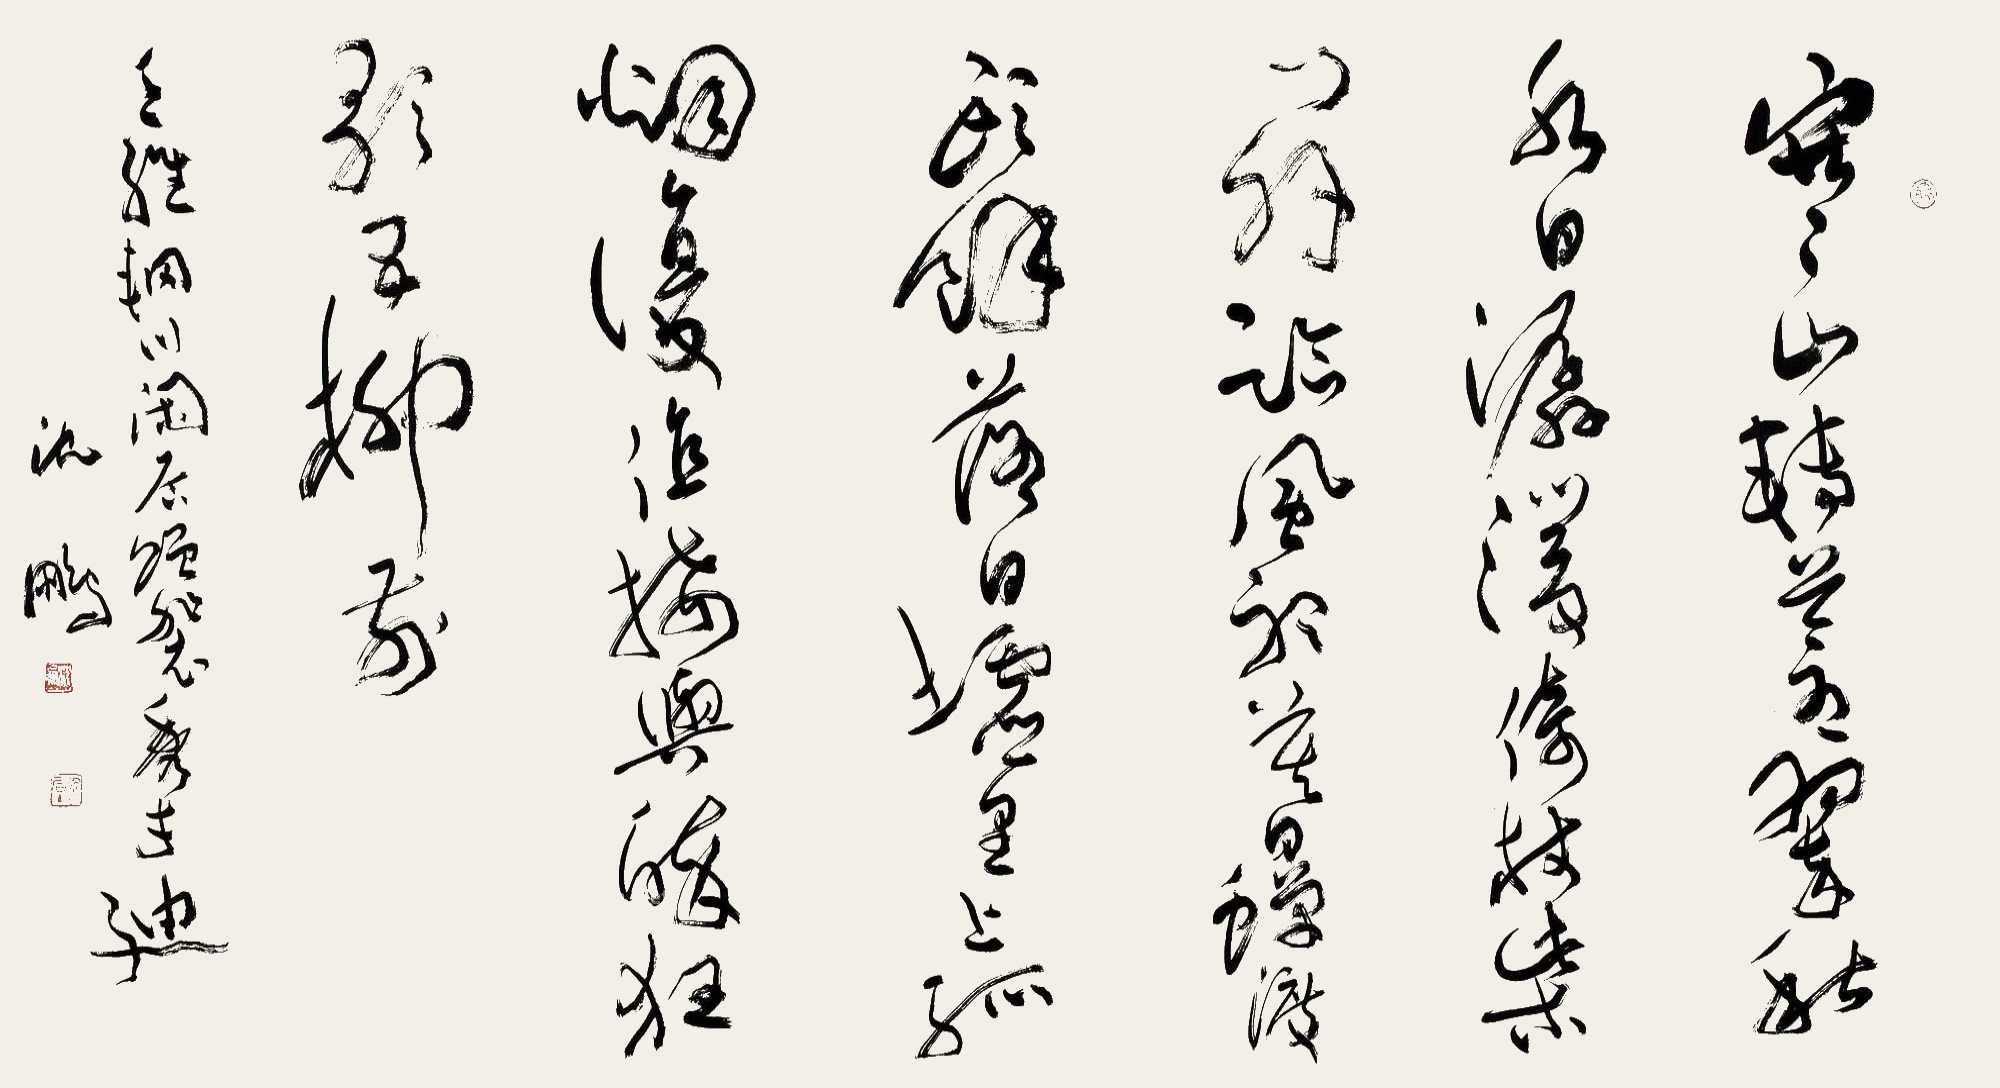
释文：寒山转苍翠，秋水日潺湲。倚杖柴门外，临风听暮蝉。渡头余落日，墟里上孤烟。复值接舆醉，狂歌五柳前。王维《辋川闲居赠裴秀才迪》，沈鹏。